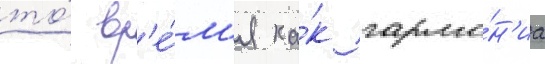
то́ вр'е́м'я ка́к гармо́н'иа